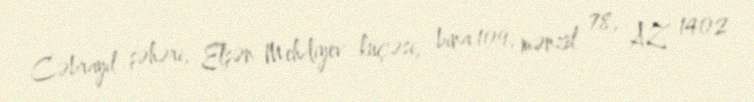
Cəbrayıl şəhəri, Elşən Mehdiyev küçəsi, bina 109, mənzil 78, AZ 1402